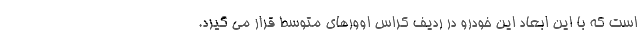
است که با این ابعاد این خودرو در ردیف کراس اوورهای متوسط قرار می گیرد.